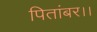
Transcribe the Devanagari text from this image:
पितांबर।।